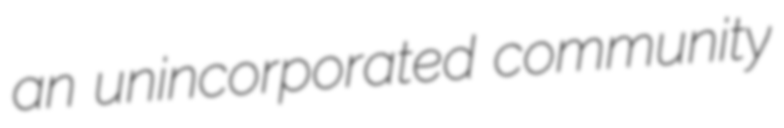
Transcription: an unincorporated community